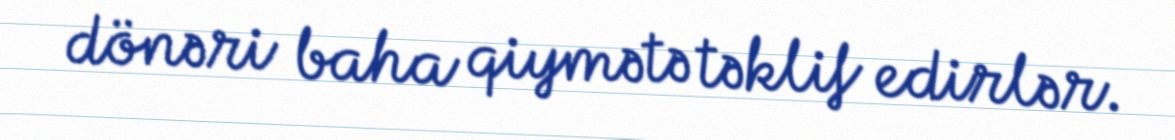
dönəri baha qiymətə təklif edirlər.